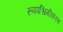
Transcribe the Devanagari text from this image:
रूपपश्चिमीकरण